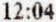
12:04